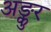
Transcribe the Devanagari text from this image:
अङ्कुर